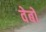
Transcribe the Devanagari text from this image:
वेबो